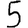
Digit: 5